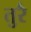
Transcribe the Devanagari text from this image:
तुरै